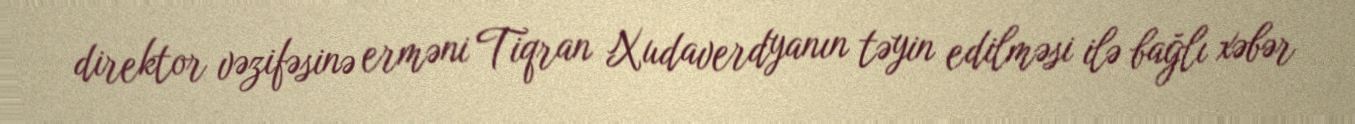
direktor vəzifəsinə erməni Tiqran Xudaverdyanın təyin edilməsi ilə bağlı xəbər